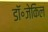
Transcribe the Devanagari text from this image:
डॉ॰जेकिल